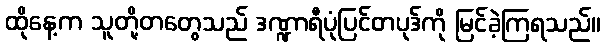
ထိုနေ့က သူတို့တတွေသည် ဒဏ္ဍာရီပုံပြင်တပုဒ်ကို မြင်ခဲ့ကြရသည်။